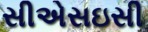
સીએસઇસી